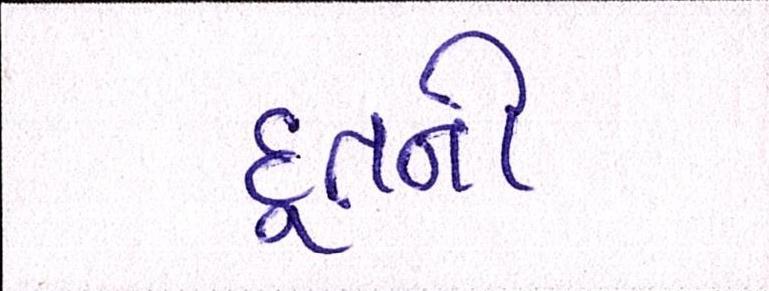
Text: દૂતની